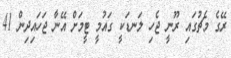
ރޭގެ މެޗުގައި ރޫނީ ޖެހި ލަނޑަކީ ގައުމީ ޓީމަށް އޭނާ ޖަހައިދިން 41